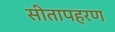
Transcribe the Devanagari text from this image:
सीतापहरण